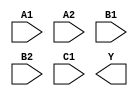
module sky130_fd_sc_hs__o221ai (
    //# {{data|Data Signals}}
    input  A1,
    input  A2,
    input  B1,
    input  B2,
    input  C1,
    output Y
);

    // Voltage supply signals
    supply1 VPWR;
    supply0 VGND;

endmodule